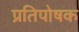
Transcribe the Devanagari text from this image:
प्रतिपोषक